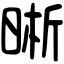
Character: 晰